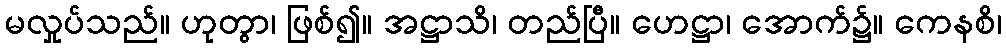
မလှုပ်သည်။ ဟုတွာ၊ ဖြစ်၍။ အဋ္ဌာသိ၊ တည်ပြီ။ ဟေဋ္ဌာ၊ အောက်၌။ ကေနစိ၊